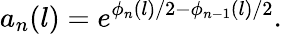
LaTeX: a_{n}(l)=e^{\phi_{n}(l)/2-\phi_{n-1}(l)/2}.